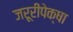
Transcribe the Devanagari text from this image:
जरूरीपेक्षा